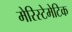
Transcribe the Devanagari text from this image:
मेरिस्टेमेटिक